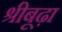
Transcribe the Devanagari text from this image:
श्रीबूढ़ा